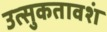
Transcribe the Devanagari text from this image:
उत्‍सुकतावशं